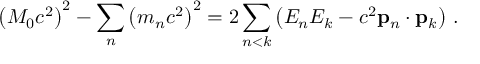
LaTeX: \left( M _ { 0 } c ^ { 2 } \right) ^ { 2 } - \sum _ { n } \left( m _ { n } c ^ { 2 } \right) ^ { 2 } = 2 \sum _ { n < k } \left( E _ { n } E _ { k } - c ^ { 2 } \mathbf { p } _ { n } \cdot \mathbf { p } _ { k } \right) \, .